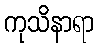
ကုသိနာရာ